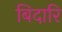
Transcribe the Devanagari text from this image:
बिदारि